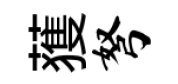
𫉬弩